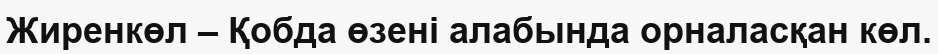
Жиренкөл – Қобда өзені алабында орналасқан көл.